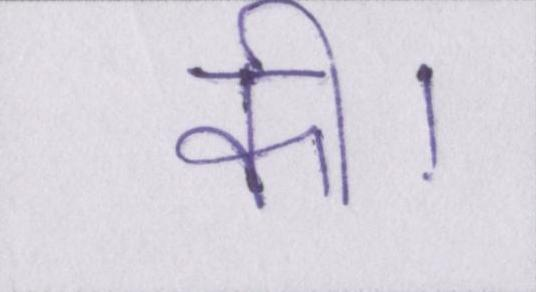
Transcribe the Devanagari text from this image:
की।